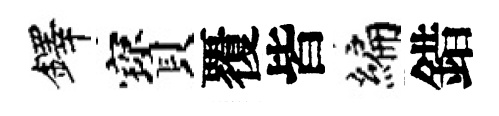
鐸寳覆皆编錯